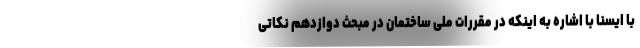
با ایسنا با اشاره به اینکه در مقررات ملی ساختمان در مبحث دوازدهم نکاتی